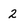
Character: 2